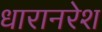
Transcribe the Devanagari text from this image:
धारानरेश